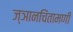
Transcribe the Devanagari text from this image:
ज्ञानचिंतामणी